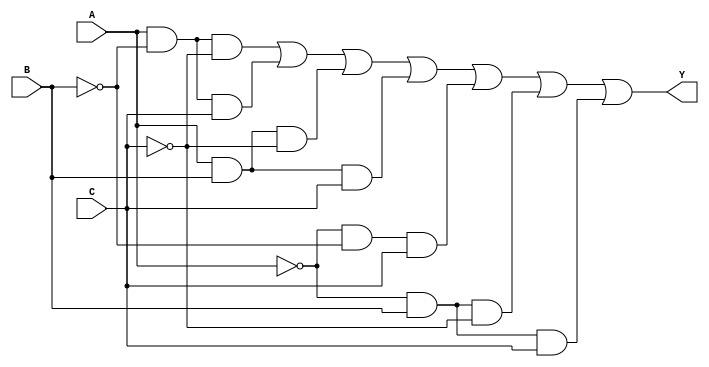
module kmap_3var (
    input wire A,      // Input variable A
    input wire B,      // Input variable B
    input wire C,      // Input variable C
    output wire Y      // Output variable Y
);

// Define the K-map logic based on the minterms
assign Y = (A & ~B & ~C) |  // Y4: A'B'C'
           (A & ~B & C)  |  // Y5: A'B'C
           (A & B & ~C)  |  // Y6: AB'C'
           (A & B & C)    | // Y7: ABC
           (~A & ~B & C) |  // Y1: A'B'C
           (~A & B & ~C) |  // Y2: A'BC'
           (~A & B & C);    // Y3: A'BC

endmodule